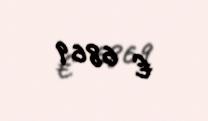
€ 6869